Annual statistical returns and brief notes on vaccination in Bengal - 1896-1909
Year: 1896
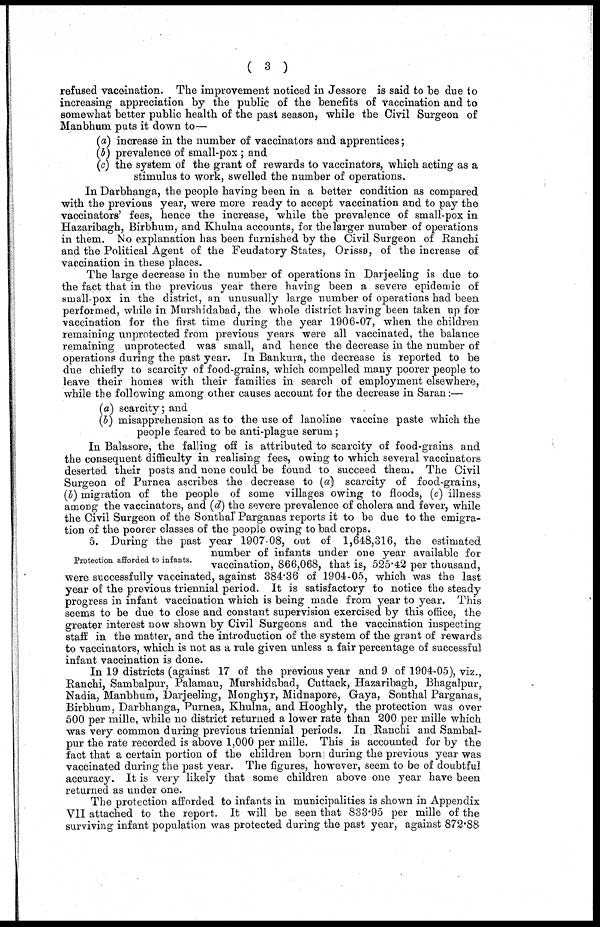
( 3 )
refused vaccination. The improvement noticed in Jessore is said to be due to
increasing appreciation by the public of the benefits of vaccination and to
somewhat better public health of the past season, while the Civil Surgeon of
Manbhum puts it down to—
(a) increase in the number of vaccinators and apprentices;
(b) prevalence of small-pox ; and
(c) the system of the grant of rewards to vaccinators, which acting as a
stimulus to work, swelled the number of operations.
In Darbhanga, the people having been in a better condition as compared
with the previous year, were more ready to accept vaccination and to pay the
vaccinators' fees, hence the increase, while the prevalence of small-pox in
Hazaribagh, Birbhum, and Khulna accounts, for the larger number of operations
in them. No explanation has been furnished by the Civil Surgeon of Ranchi
and the Political Agent of the Feudatory States, Orissa, of the increase of
vaccination in these places.
The large decrease in the number of operations in Darjeeling is due to
the fact that in the previous year there having been a severe epidemic of
small-pox in the district, an unusually large number of operations had been
performed, while in Murshidabad, the whole district having been taken up for
vaccination for the first time during the year 1906-07, when the children
remaining unprotected from previous years were all vaccinated, the balance
remaining unprotected was small, and hence the decrease in the number of
operations during the past year. In Bankura, the decrease is reported to be
due chiefly to scarcity of food-grains, which compelled many poorer people to
leave their homes with their families in search of employment elsewhere,
while the following among other causes account for the decrease in Saran:—
(a) scarcity; and
(b) misapprehension as to the use of lanoline vaccine paste which the
people feared to be anti-plague serum;
In Balasore, the falling off is attributed to scarcity of food-grains and
the consequent difficulty in realising fees, owing to which several vaccinators
deserted their posts and none could be found to succeed them. The Civil
Surgeon of Purnea ascribes the decrease to (a) scarcity of food-grains,
(b) migration of the people of some villages owing to floods, (c) illness
among the vaccinators, and (d) the severe prevalence of cholera and fever, while
the Civil Surgeon of the Sonthal Parganas reports it to be due to the emigra-
tion of the poorer classes of the people owing to bad crops.
Protection afforded to infants.
5. During the past year 1907-08, out of 1,648,316, the estimated
number of infants under one year available for
vaccination, 866,068, that is, 525.42 per thousand,
were successfully vaccinated, against 384.36 of 1904-05, which was the last
year of the previous triennial period. It is satisfactory to notice the steady
progress in infant vaccination which is being made from year to year. This
seems to be due to close and constant supervision exercised by this office, the
greater interest now shown by Civil Surgeons and the vaccination inspecting
staff in the matter, and the introduction of the system of the grant of rewards
to vaccinators, which is not as a rule given unless a fair percentage of successful
infant vaccination is done.
In 19 districts (against 17 of the previous year and 9 of 1904-05), viz.,
Ranchi, Sambalpur, Palamau, Murshidabad, Cuttack, Hazaribagh, Bhagalpur,
Nadia, Manbhum, Darjeeling, Monghyr, Midnapore, Gaya, Sonthal Parganas,
Birbhum, Darbhanga, Purnea, Khulna, and Hooghly, the protection was over
500 per mille, while no district returned a lower rate than 200 per mille which
was very common during previous triennial periods. In Ranchi and Sambal-
pur the rate recorded is above 1,000 per mille. This is accounted for by the
fact that a certain portion of the children born during the previous year was
vaccinated during the past year. The figures, however, seem to be of doubtful
accuracy. It is very likely that some children above one year have been
returned as under one.
The protection afforded to infants in municipalities is shown in Appendix
VII attached to the report. It will be seen that 833.95 per mille of the
surviving infant population was protected during the past year, against 872.88